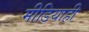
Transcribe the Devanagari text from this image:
मीडियाही